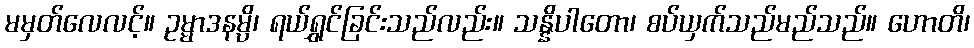
မမှတ်လေလင့်။ ဥမ္မာဒနမ္ပိ၊ ရယ်ရွှင်ခြင်းသည်လည်း။ သန္နိပါတော၊ စပ်ယှက်သည်မည်သည်။ ဟောတိ၊